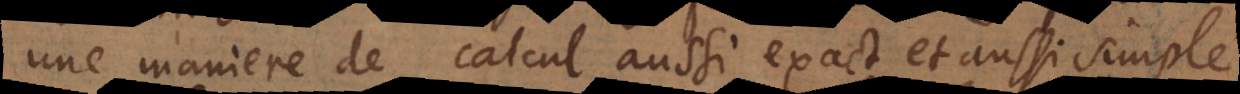
une maniere de calcul aussi exact et aussi simple